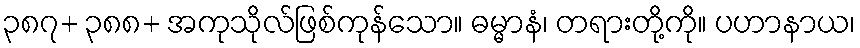
၃၈၇+ ၃၈၈+ အကုသိုလ်ဖြစ်ကုန်သော။ ဓမ္မာနံ၊ တရားတို့ကို။ ပဟာနာယ၊